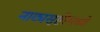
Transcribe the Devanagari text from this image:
नाट्यसृष्टीमध्ये